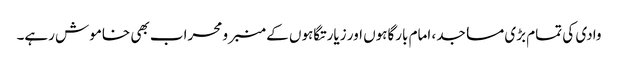
وادی کی تمام بڑی مساجد، امام بارگاہوں اور زیارتگاہوں کے منبر و محراب بھی خاموش رہے۔